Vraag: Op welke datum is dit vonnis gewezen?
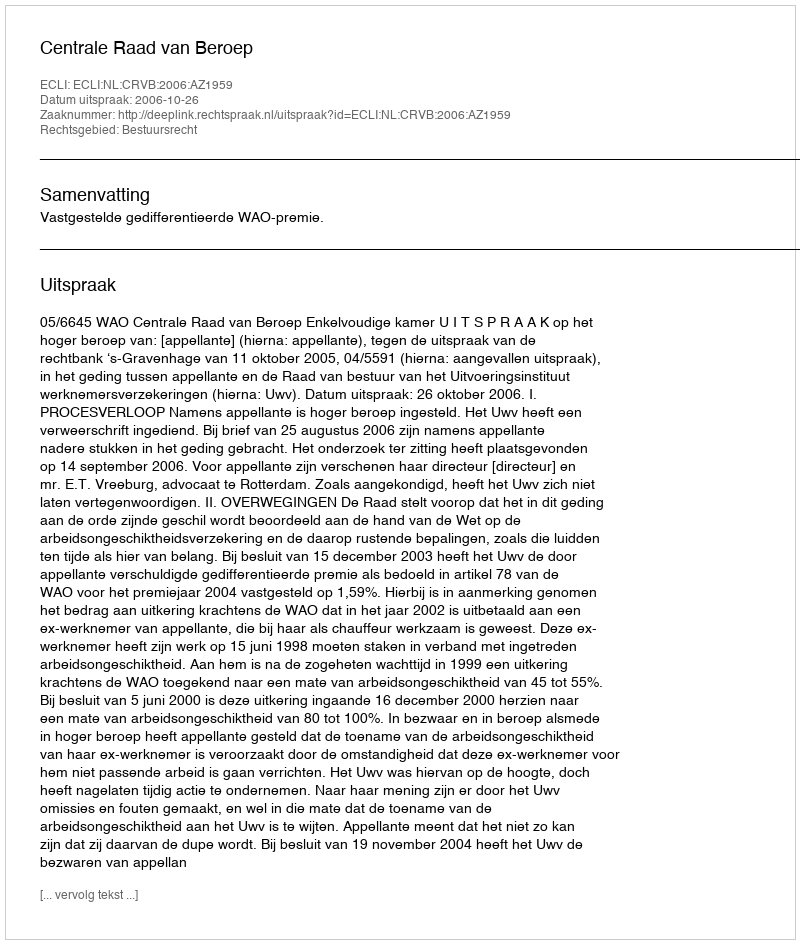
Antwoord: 2006-10-26